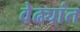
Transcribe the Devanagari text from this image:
वेढ्यांत